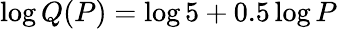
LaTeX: \log Q(P)=\log 5+0.5\log P